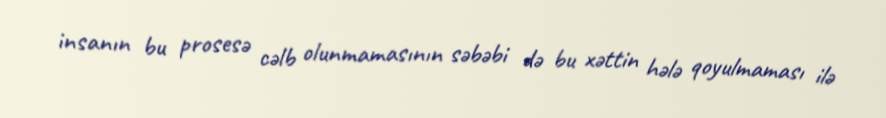
insanın bu prosesə cəlb olunmamasının səbəbi də bu xəttin hələ qoyulmaması ilə